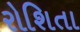
રોશિતા